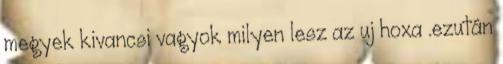
megyek kivancsi vagyok milyen lesz az uj hoxa .ezután